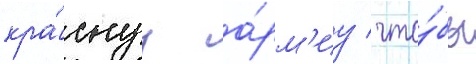
кра́снуу а́рм'иу / что́бы